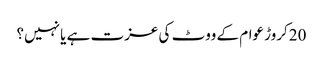
20کروڑ عوام کے ووٹ کی عزت ہے یا نہیں؟